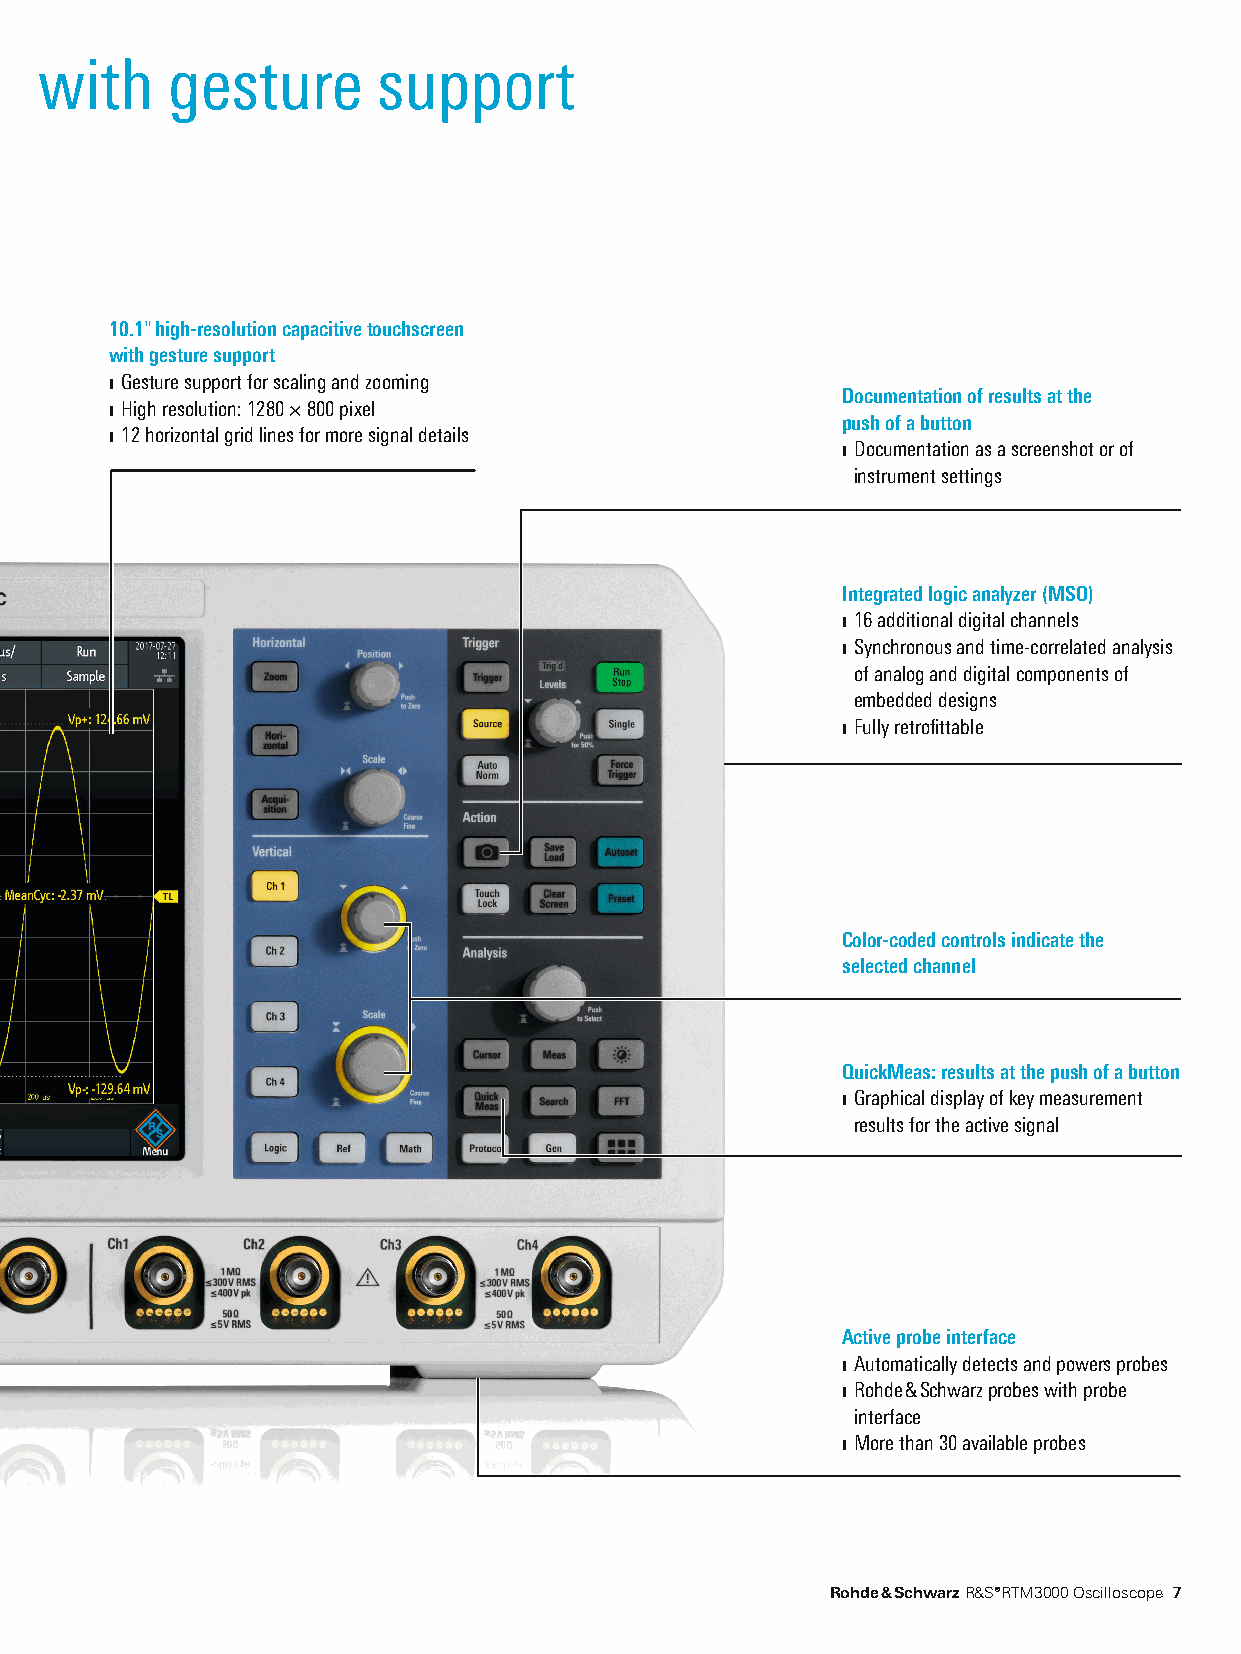
10.1" high-resolution capacitive touchscreen with gesture support
 10.1" high-resolution capacitive touchscreen
 with gesture support
 ❙ Gesture support for scaling and zooming
 Documentation of results at the
 ❙ High resolution: 1280 × 800 pixel
 push of a button
 ❙ 12 horizontal grid lines for more signal details
 ❙ Documentation as a screenshot or of
 instrument settings
 Integrated logic analyzer (MSO)
 ❙ 16 additional digital channels
 ❙ Synchronous and time-correlated analysis
 of analog and digital components of
 embedded designs
 ❙ Fully retrofittable
 Color-coded controls indicate the
 selected channel
 QuickMeas: results at the push of a button
 ❙ Graphical display of key measurement
 results for the active signal
 Active probe interface
 ❙ Automatically detects and powers probes
 ❙ Rohde & Schwarz probes with probe
 interface
 ❙ More than 30 available probes
 Rohde & Schwarz R&S®RTM3000 Oscilloscope 7
 RTM3000_bro_en_5214-9144-12_v0400.indd 7                                11.01.2018 09:01:24